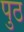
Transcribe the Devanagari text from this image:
पुठ